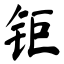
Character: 钷